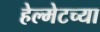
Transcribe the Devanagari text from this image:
हेल्मेटच्या